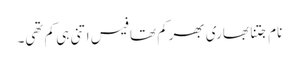
نام جتنا بھاری بھرکم تھا فیس اتنی ہی کم تھی۔